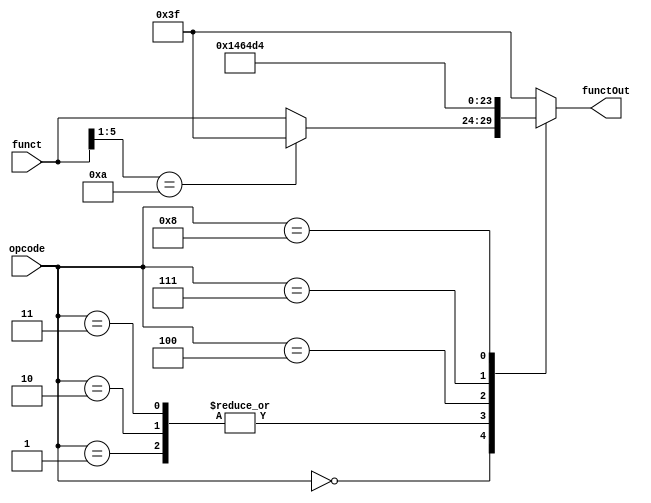
module alu_control(opcode, funct, functOut);
	
	input [5:0] opcode, funct;
	output reg [5:0] functOut;


	always@(*)
	begin
		case(opcode)
			6'b000000: // r-type
				begin
					case(funct[5:1])
						5'b01010: functOut = 6'b111111; // JumpReg, JumpRegLink
						default: functOut = funct;
					endcase
				end
			6'b000001: functOut = 6'b000101; // load word
			6'b000010: functOut = 6'b000101; // store word
			6'b000011: functOut = 6'b000101; // addi
			6'b000100: functOut = 6'b000110; // subi
			6'b000111: functOut = 6'b010011; // beq
			6'b001000: functOut = 6'b010100; // bne
			default:	functOut = 6'b111111;	// do nothing
		endcase
	end
endmodule